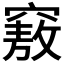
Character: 𥨆